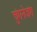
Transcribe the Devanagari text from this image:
चुंगनेजंग